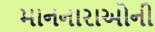
માનનારાઓની